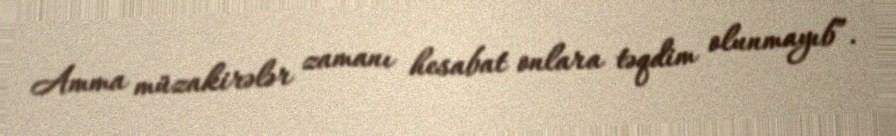
Amma müzakirələr zamanı hesabat onlara təqdim olunmayıb”.